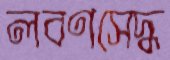
লবণসেদ্ধ